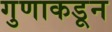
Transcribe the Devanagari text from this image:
गुणाकडून